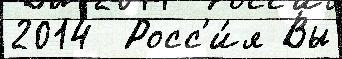
2014  Росс'и́я Вы